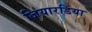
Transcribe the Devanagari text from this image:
जियारडिया